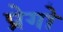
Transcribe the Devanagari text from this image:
प्रेगो